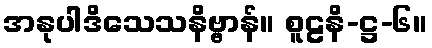
အနုပါဒိသေသနိဗ္ဗာန်။ စူဠနိ-ဋ္ဌ-၆။